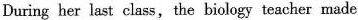
During her last class, the biology teacher made